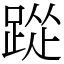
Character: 踨